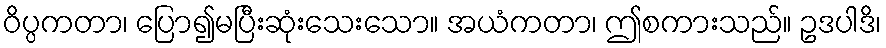
ဝိပ္ပကတာ၊ ပြော၍မပြီးဆုံးသေးသော။ အယံကတာ၊ ဤစကားသည်။ ဥဒပါဒိ၊